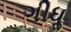
ગીધૢ